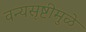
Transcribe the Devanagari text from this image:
वन्यसृष्टीमुळे